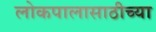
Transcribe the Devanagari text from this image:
लोकपालासाठीच्या